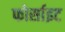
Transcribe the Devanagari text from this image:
फोर्साइट